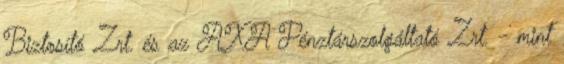
Biztosító Zrt. és az AXA Pénztárszolgáltató Zrt. - mint